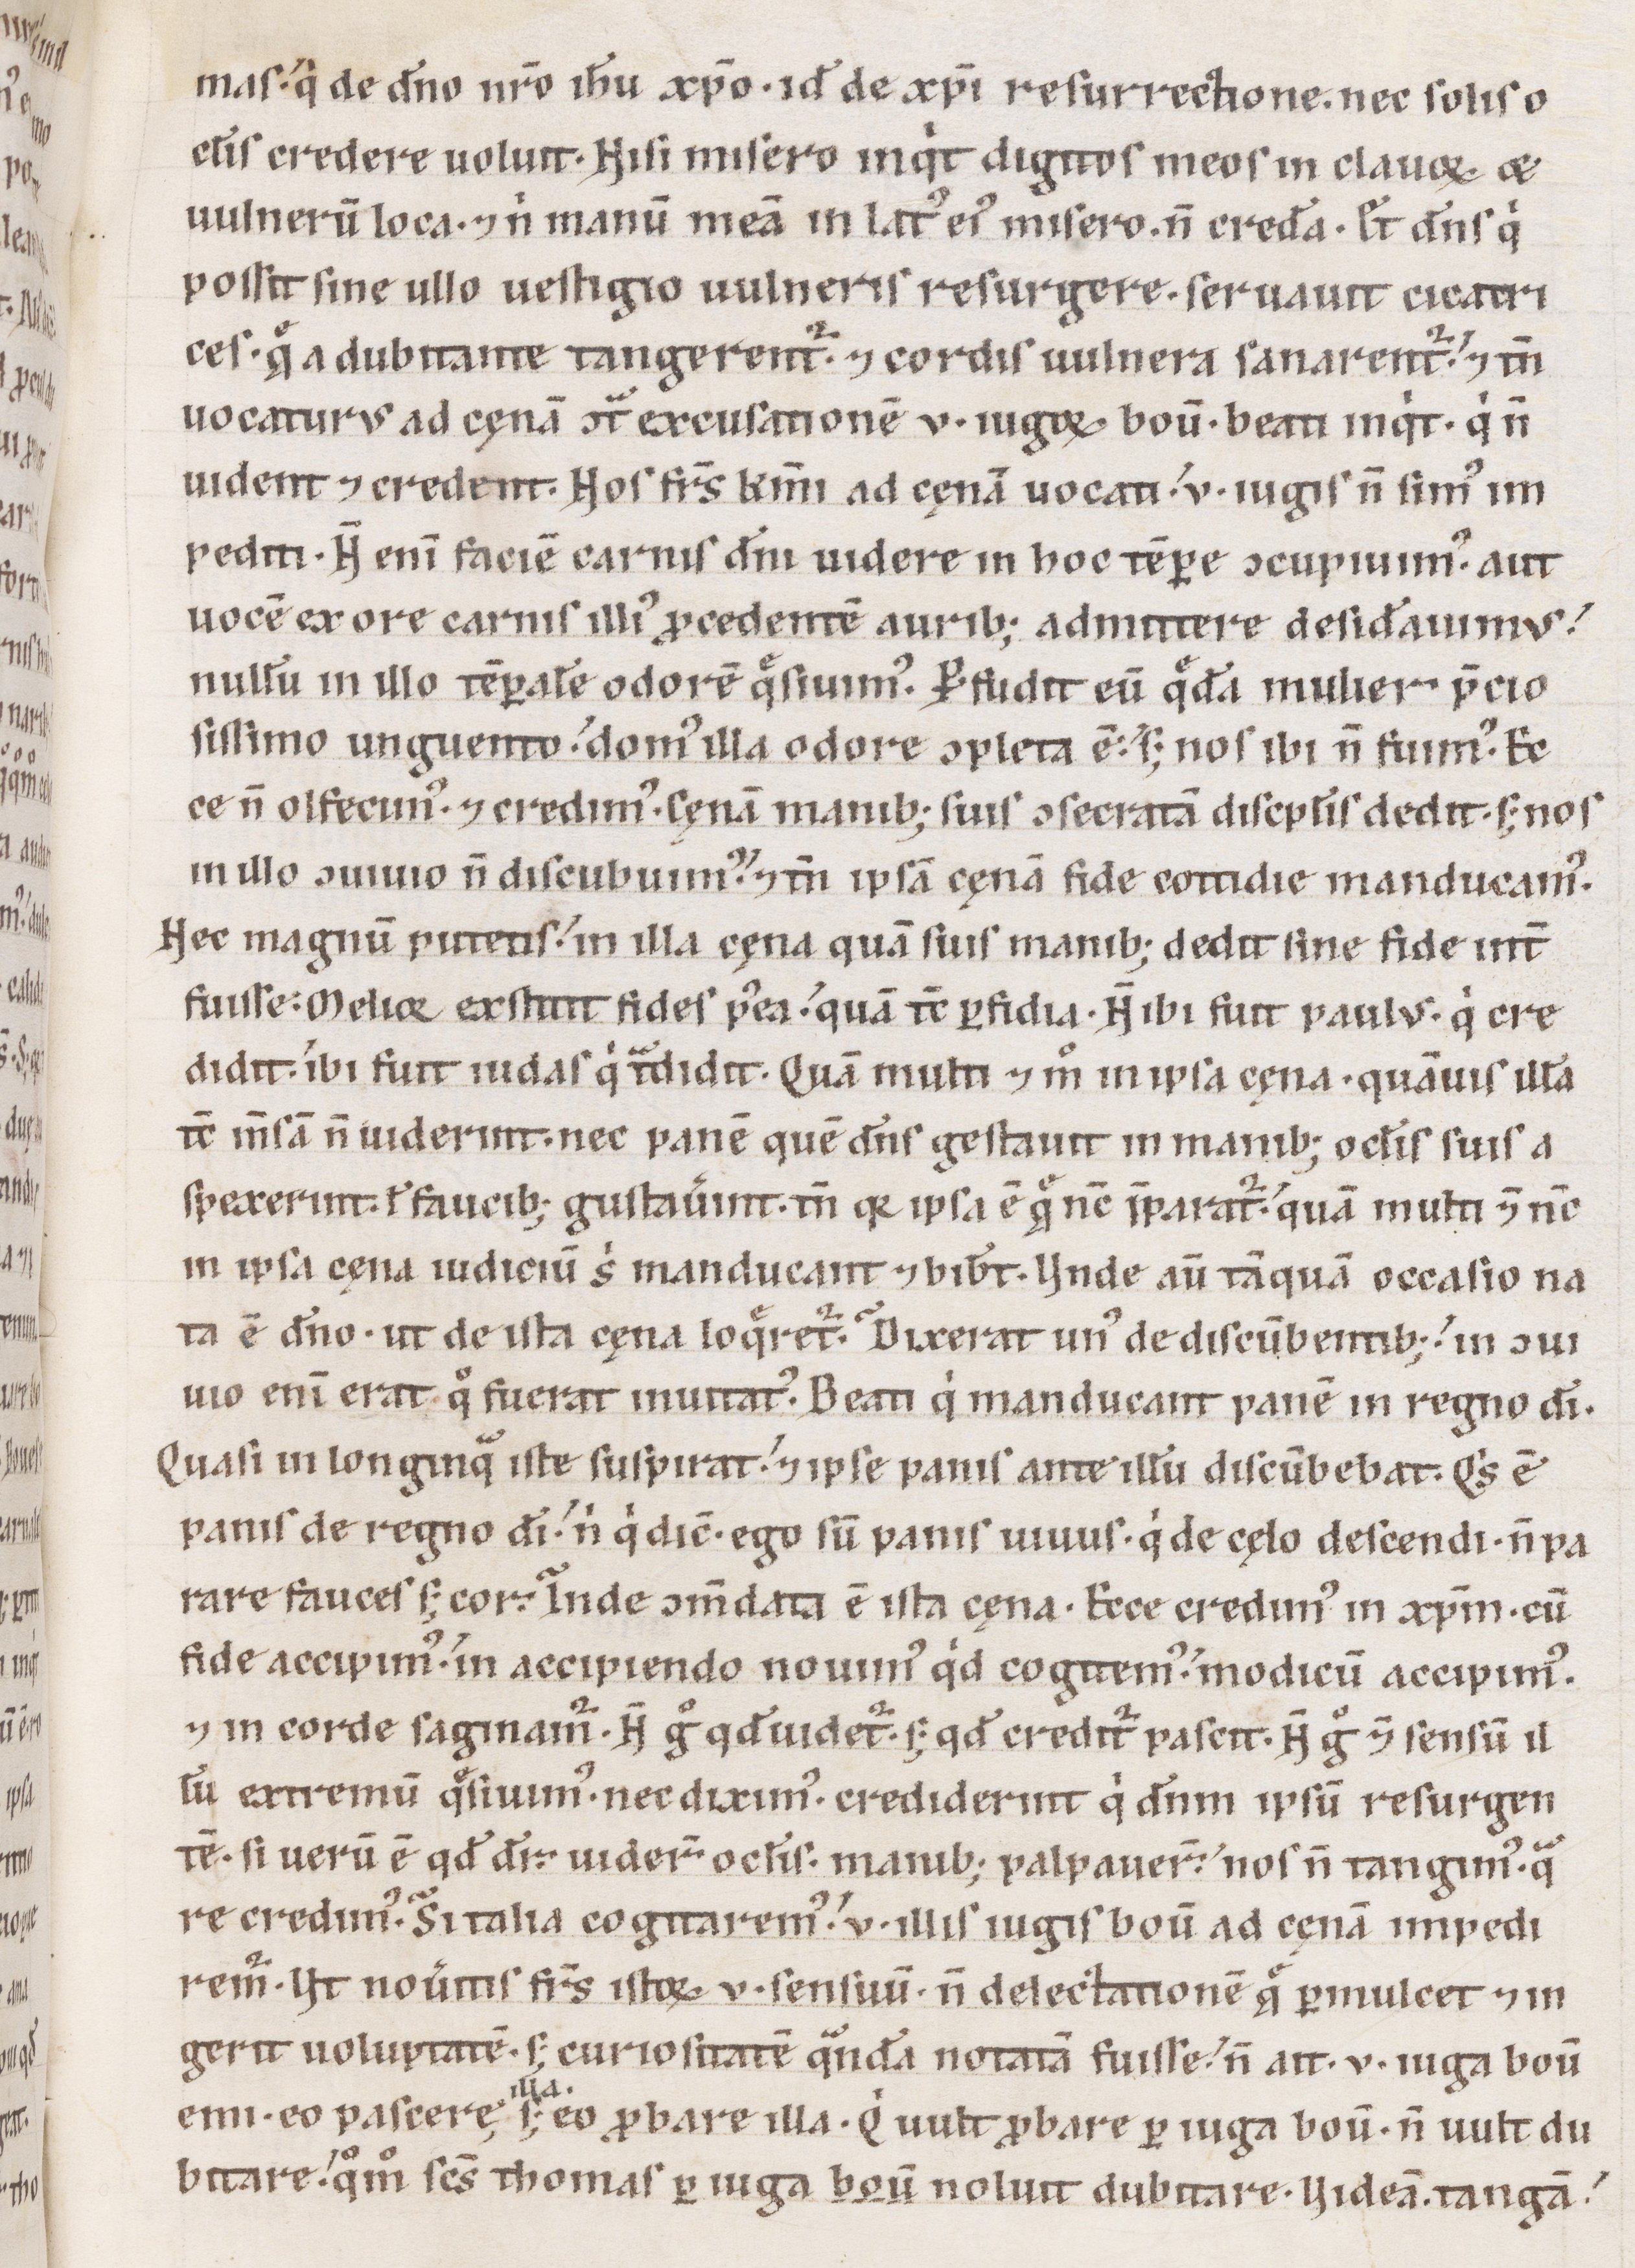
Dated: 1100–1199